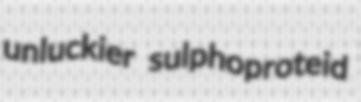
unluckier sulphoproteid